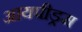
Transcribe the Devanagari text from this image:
आयपीड्रम